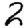
Digit: 2